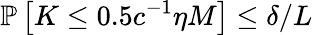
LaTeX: \mathbb{P}\left[K\le 0.5c^{-1}\eta M\right]\le\delta/L